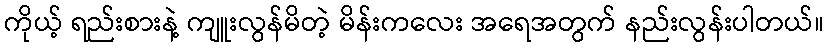
ကိုယ့် ရည်းစားနဲ့ ကျူးလွန်မိတဲ့ မိန်းကလေး အရေအတွက် နည်းလွန်းပါတယ်။